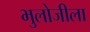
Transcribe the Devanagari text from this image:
भुलोजीला